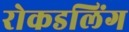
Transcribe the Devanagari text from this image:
रोकडलिंग